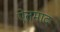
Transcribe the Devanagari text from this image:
ऐतमाद